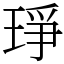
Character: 琤